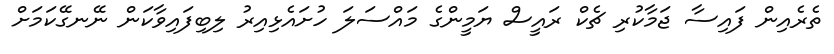
ތެރެއިން ފައިސާ ޖަމާކުރި ޗެކް ރައީސް ޔަމީންގެ މައްސަލަ ހުށައެޅިއިރު ލިބިފައިވާކަން ނޭނގޭކަމަށް